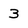
Character: 3